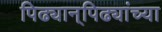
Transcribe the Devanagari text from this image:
पिढ्यान्‌पिढ्यांच्या